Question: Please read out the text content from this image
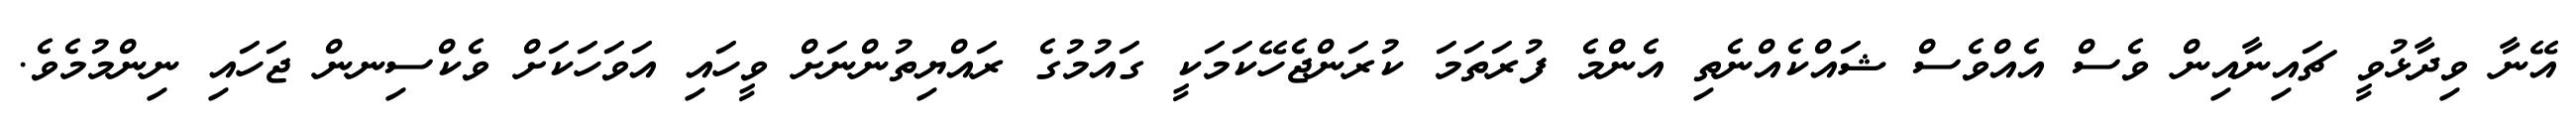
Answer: އޭނާ ވިދާޅުވީ ޗައިނާއިން ވެސް އެއްވެސް ޝައްކެއްނެތި އެންމެ ފުރަތަމަ ކުރަންޖެހޭކަމަކީ ގައުމުގެ ރައްޔިތުންނަށް ވީހައި އަވަހަކަށް ވެކްސިނން ޖަހައި ނިންމުމެވެ.